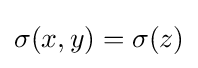
\sigma (x,y)=\sigma (z)